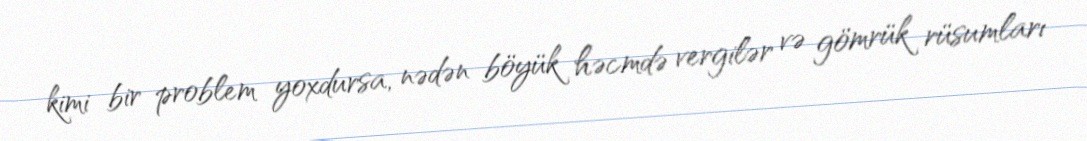
kimi bir problem yoxdursa, nədən böyük həcmdə vergilər və gömrük rüsumları